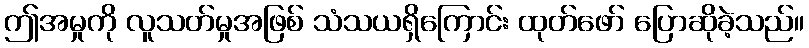
ဤအမှုကို လူသတ်မှုအဖြစ် သံသယရှိကြောင်း ထုတ်ဖော် ပြောဆိုခဲ့သည်။